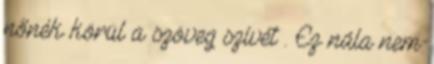
nőnék körül a szöveg szívét . Ez nála nem